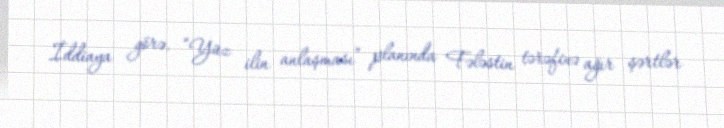
İddiaya görə, “Yüz ilin anlaşması” planında Fələstin tərəfinə ağır şərtlər